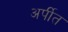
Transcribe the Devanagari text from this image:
अर्पीत